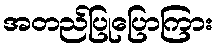
အတည်ပြုပြောကြား